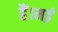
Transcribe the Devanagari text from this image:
हैं।मई